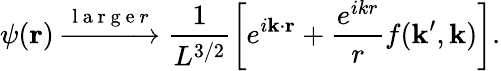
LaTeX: \psi(\mathbf{r})\xrightarrow{\mathrm{~l~a~r~g~e~}r}\frac{1}{L^{3/2}}\left[e^{i\mathbf{k}\cdot\mathbf{r}}+\frac{e^{ikr}}{r}f(\mathbf{k}^{\prime},\mathbf{k})\right].